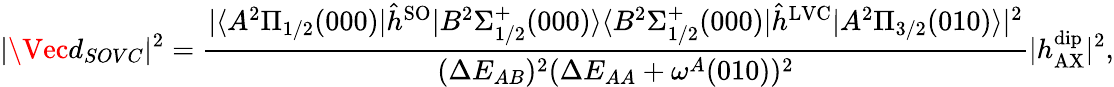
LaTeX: |\Vec{d}_{SOVC}|^{2}=\frac{|\langle A^{2}\Pi_{1/2}(000)|\hat{h}^{\mathrm{SO}}|B^{2}\Sigma_{1/2}^{+}(000)\rangle\langle B^{2}\Sigma_{1/2}^{+}(000)|\hat{h}^{\mathrm{LVC}}|A^{2}\Pi_{3/2}(010)\rangle|^{2}}{(\Delta E_{AB})^{2}(\Delta E_{AA}+\omega^{A}(010))^{2}}|h_{\mathrm{AX}}^{\mathrm{dip}}|^{2},